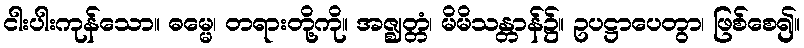
ငါးပါးကုန်သော။ ဓမ္မေ၊ တရားတို့ကို။ အဇ္ဈတ္တံ၊ မိမိသန္တာန်၌။ ဥပဋ္ဌာပေတွာ၊ ဖြစ်စေ၍။